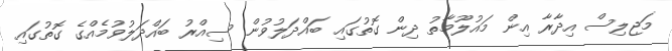
މަޖިލިސް އިދާރާ އިން މައުލޫމާތު ދިން ގޮތުގައި ބައްދަލުވުން ސިއްރު ބައްދަލުވުމެއްގެ ގޮތުގައި